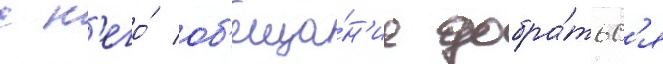
с н'его́ об'еща́н'ие добра́тьс'я